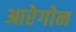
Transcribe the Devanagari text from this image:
आरेगोन